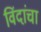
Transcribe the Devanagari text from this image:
विंदांचा